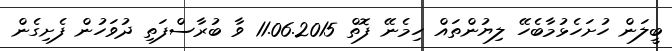
ބީލަން ހުށަހެޅުމާބެހޭ ލިޔުންތައް ހިމެނޭ ފޮތް 11.06.2015 ވާ ބުރާސްފަތި ދުވަހުން ފެށިގެން